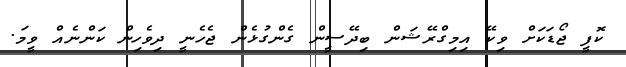
ކޮފީ ޖޯޑަކަށް ވިކޭ އިމިގްރޭޝަން ބިދޭސީން ގެންގުޅެން ޖެހެނީ ދިވެހިން ކަންނެއް ވީމަ.